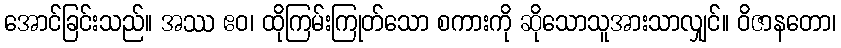
အောင်ခြင်းသည်။ အဿ ဧဝ၊ ထိုကြမ်းကြုတ်သော စကားကို ဆိုသောသူအားသာလျှင်။ ဝိဇာနတော၊